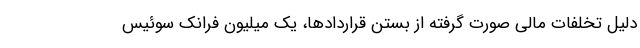
دلیل تخلفات مالی صورت گرفته از بستن قراردادها، یک میلیون فرانک سوئیس